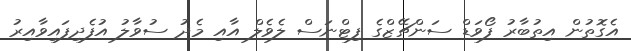
އެގޮތުން އިތުބާރު ފޯވަޑް ސަންޗޭޒްގެ ފިޓްނަސް ލެވެލް އާއި މެދު ސުވާލު އުފެދިފައިވާއިރު